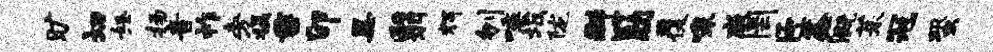
旷切怒扬音祚旁摄垂卯黑翳辉刎唾坂陇群筋覆嗥戚罔臣鑫溉茱冠蛩